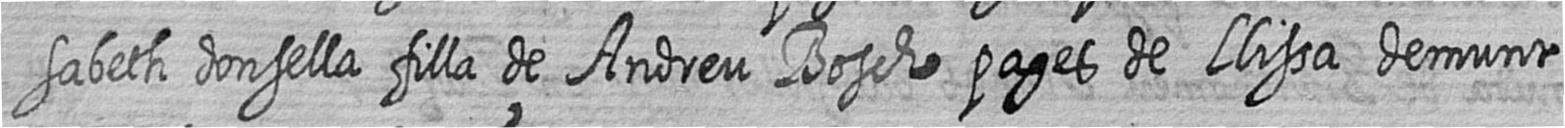
sabeth donsella filla de Andreu Bosch pages de Llissa demunt